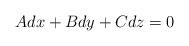
LaTeX: \begin{align*}Adx+Bdy + Cdz = 0\end{align*}